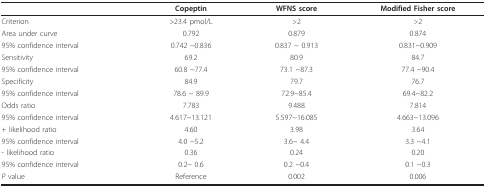
<table><thead><tr><td></td><td><b>Copeptin</b></td><td><b>WFNS score</b></td><td><b>Modified Fisher score</b></td></tr></thead><tbody><tr><td>Criterion</td><td>&gt;23.4 pmol/L</td><td>&gt;2</td><td>&gt;2</td></tr><tr><td>Area under curve</td><td>0.792</td><td>0.879</td><td>0.874</td></tr><tr><td>95% confidence interval</td><td>0.742 ~0.836</td><td>0.837 ~ 0.913</td><td>0.831~0.909</td></tr><tr><td>Sensitivity</td><td>69.2</td><td>80.9</td><td>84.7</td></tr><tr><td>95% confidence interval</td><td>60.8 ~77.4</td><td>73.1 ~87.3</td><td>77.4 ~90.4</td></tr><tr><td>Specificity</td><td>84.9</td><td>79.7</td><td>76.7</td></tr><tr><td>95% confidence interval</td><td>78.6 ~ 89.9</td><td>72.9~85.4</td><td>69.4~82.2</td></tr><tr><td>Odds ratio</td><td>7.783</td><td>9.488</td><td>7.814</td></tr><tr><td>95% confidence interval</td><td>4.617~13.121</td><td>5.597~16.085</td><td>4.663~13.096</td></tr><tr><td>+ likelihood ratio</td><td>4.60</td><td>3.98</td><td>3.64</td></tr><tr><td>95% confidence interval</td><td>4.0 ~5.2</td><td>3.6~ 4.4</td><td>3.3 ~4.1</td></tr><tr><td>- likelihood ratio</td><td>0.36</td><td>0.24</td><td>0.20</td></tr><tr><td>95% confidence interval</td><td>0.2~ 0.6</td><td>0.2 ~0.4</td><td>0.1 ~0.3</td></tr><tr><td><i>P </i>value</td><td>Reference</td><td>0.002</td><td>0.006</td></tr></tbody></table>